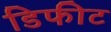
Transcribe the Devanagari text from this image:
डिफीट